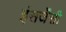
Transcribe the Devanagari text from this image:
इंसर्जेंसी